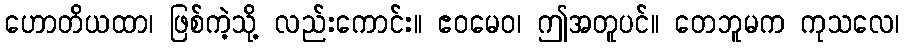
ဟောတိယထာ၊ ဖြစ်ကဲ့သို့ လည်းကောင်း။ ဧဝမေဝ၊ ဤအတူပင်။ တေဘူမက ကုသလေ၊